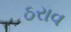
ઠરાવ